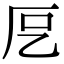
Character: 𭆁